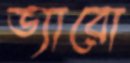
ভ্যারো